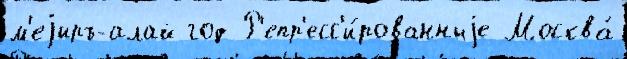
м'еjиръ-алай год Р'епр'есс'и́рованныjе Москва́